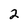
Character: 2